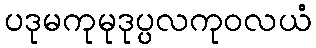
ပဒုမကုမုဒုပ္ပလကုဝလယံ